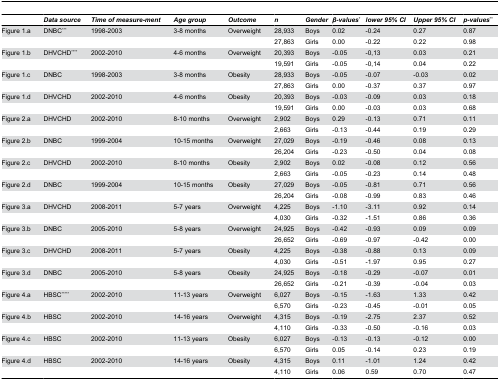
<table><thead><tr><td></td><td><b><i>Data</i><i></i><i>source</i></b></td><td><b><i>Time</i><i></i><i>of</i><i></i><i>measure-ment</i></b></td><td><b><i>Age</i><i></i><i>group</i></b></td><td><b><i>Outcome</i></b></td><td><b><i>n</i></b></td><td><b><i>Gender</i></b></td><td><b><i>β-values</i><sup>*</sup></b></td><td><b><i>lower</i><i></i><i>95</i><i>% CI</i></b></td><td><b><i>Upper</i><i></i><i>95</i><i>% CI</i></b></td><td><b><i>p-values</i><sup>**</sup></b></td></tr></thead><tbody><tr><td>Figure 1.a</td><td>DNBC<sup>***</sup></td><td>1998-2003</td><td>3-8 months</td><td>Overweight</td><td>28,933</td><td>Boys</td><td>0.02</td><td>-0.24</td><td>0.27</td><td>0.87</td></tr><tr><td></td><td></td><td></td><td></td><td></td><td>27,863</td><td>Girls</td><td>0.00</td><td>-0.22</td><td>0.22</td><td>0.98</td></tr><tr><td>Figure 1.b</td><td>DHVCHD<sup>****</sup></td><td>2002-2010</td><td>4-6 months</td><td>Overweight</td><td>20,393</td><td>Boys</td><td>-0.05</td><td>-0,13</td><td>0.03</td><td>0.21</td></tr><tr><td></td><td></td><td></td><td></td><td></td><td>19,591</td><td>Girls</td><td>-0.05</td><td>-0,14</td><td>0.04</td><td>0.22</td></tr><tr><td>Figure 1.c</td><td>DNBC</td><td>1998-2003</td><td>3-8 months</td><td>Obesity</td><td>28,933</td><td>Boys</td><td>-0.05</td><td>-0.07</td><td>-0.03</td><td>0.02</td></tr><tr><td></td><td></td><td></td><td></td><td></td><td>27,863</td><td>Girls</td><td>0.00</td><td>-0.37</td><td>0.37</td><td>0.97</td></tr><tr><td>Figure 1.d</td><td>DHVCHD</td><td>2002-2010</td><td>4-6 months</td><td>Obesity</td><td>20,393</td><td>Boys</td><td>-0.03</td><td>-0.09</td><td>0.03</td><td>0.18</td></tr><tr><td></td><td></td><td></td><td></td><td></td><td>19,591</td><td>Girls</td><td>0.00</td><td>-0.03</td><td>0.03</td><td>0.68</td></tr><tr><td>Figure 2.a</td><td>DHVCHD</td><td>2002-2010</td><td>8-10 months</td><td>Overweight</td><td>2,902</td><td>Boys</td><td>0.29</td><td>-0.13</td><td>0.71</td><td>0.11</td></tr><tr><td></td><td></td><td></td><td></td><td></td><td>2,663</td><td>Girls</td><td>-0.13</td><td>-0.44</td><td>0.19</td><td>0.29</td></tr><tr><td>Figure 2.b</td><td>DNBC</td><td>1999-2004</td><td>10-15 months</td><td>Overweight</td><td>27,029</td><td>Boys</td><td>-0.19</td><td>-0.46</td><td>0.08</td><td>0.13</td></tr><tr><td></td><td></td><td></td><td></td><td></td><td>26,204</td><td>Girls</td><td>-0.23</td><td>-0.50</td><td>0.04</td><td>0.08</td></tr><tr><td>Figure 2.c</td><td>DHVCHD</td><td>2002-2010</td><td>8-10 months</td><td>Obesity</td><td>2,902</td><td>Boys</td><td>0.02</td><td>-0.08</td><td>0.12</td><td>0.56</td></tr><tr><td></td><td></td><td></td><td></td><td></td><td>2,663</td><td>Girls</td><td>-0.05</td><td>-0.23</td><td>0.14</td><td>0.48</td></tr><tr><td>Figure 2.d</td><td>DNBC</td><td>1999-2004</td><td>10-15 months</td><td>Obesity</td><td>27,029</td><td>Boys</td><td>-0.05</td><td>-0.81</td><td>0.71</td><td>0.56</td></tr><tr><td></td><td></td><td></td><td></td><td></td><td>26,204</td><td>Girls</td><td>-0.08</td><td>-0.99</td><td>0.83</td><td>0.46</td></tr><tr><td>Figure 3.a</td><td>DHVCHD</td><td>2008-2011</td><td>5-7 years</td><td>Overweight</td><td>4,225</td><td>Boys</td><td>-1.10</td><td>-3.11</td><td>0.92</td><td>0.14</td></tr><tr><td></td><td></td><td></td><td></td><td></td><td>4,030</td><td>Girls</td><td>-0.32</td><td>-1.51</td><td>0.86</td><td>0.36</td></tr><tr><td>Figure 3.b</td><td>DNBC</td><td>2005-2010</td><td>5-8 years</td><td>Overweight</td><td>24,925</td><td>Boys</td><td>-0.42</td><td>-0.93</td><td>0.09</td><td>0.09</td></tr><tr><td></td><td></td><td></td><td></td><td></td><td>26,652</td><td>Girls</td><td>-0.69</td><td>-0.97</td><td>-0.42</td><td>0.00</td></tr><tr><td>Figure 3.c</td><td>DHVCHD</td><td>2008-2011</td><td>5-7 years</td><td>Obesity</td><td>4,225</td><td>Boys</td><td>-0.38</td><td>-0.88</td><td>0.13</td><td>0.09</td></tr><tr><td></td><td></td><td></td><td></td><td></td><td>4,030</td><td>Girls</td><td>-0.51</td><td>-1.97</td><td>0.95</td><td>0.27</td></tr><tr><td>Figure 3.d</td><td>DNBC</td><td>2005-2010</td><td>5-8 years</td><td>Obesity</td><td>24,925</td><td>Boys</td><td>-0.18</td><td>-0.29</td><td>-0.07</td><td>0.01</td></tr><tr><td></td><td></td><td></td><td></td><td></td><td>26,652</td><td>Girls</td><td>-0.21</td><td>-0.39</td><td>-0.04</td><td>0.03</td></tr><tr><td>Figure 4.a</td><td>HBSC<sup>*****</sup></td><td>2002-2010</td><td>11-13 years</td><td>Overweight</td><td>6,027</td><td>Boys</td><td>-0.15</td><td>-1.63</td><td>1.33</td><td>0.42</td></tr><tr><td></td><td></td><td></td><td></td><td></td><td>6,570</td><td>Girls</td><td>-0.23</td><td>-0.45</td><td>-0.01</td><td>0.05</td></tr><tr><td>Figure 4.b</td><td>HBSC</td><td>2002-2010</td><td>14-16 years</td><td>Overweight</td><td>4,315</td><td>Boys</td><td>-0.19</td><td>-2.75</td><td>2.37</td><td>0.52</td></tr><tr><td></td><td></td><td></td><td></td><td></td><td>4,110</td><td>Girls</td><td>-0.33</td><td>-0.50</td><td>-0.16</td><td>0.03</td></tr><tr><td>Figure 4.c</td><td>HBSC</td><td>2002-2010</td><td>11-13 years</td><td>Obesity</td><td>6,027</td><td>Boys</td><td>-0.13</td><td>-0.13</td><td>-0.12</td><td>0.00</td></tr><tr><td></td><td></td><td></td><td></td><td></td><td>6,570</td><td>Girls</td><td>0.05</td><td>-0.14</td><td>0.23</td><td>0.19</td></tr><tr><td>Figure 4.d</td><td>HBSC</td><td>2002-2010</td><td>14-16 years</td><td>Obesity</td><td>4,315</td><td>Boys</td><td>0.11</td><td>-1.01</td><td>1.24</td><td>0.42</td></tr><tr><td></td><td></td><td></td><td></td><td></td><td>4,110</td><td>Girls</td><td>0.06</td><td>0.59</td><td>0.70</td><td>0.47</td></tr></tbody></table>